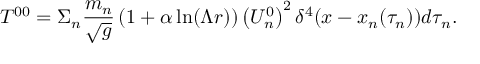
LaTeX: T ^ { 0 0 } = \Sigma _ { n } \frac { m _ { n } } { \sqrt { g } } \left( 1 + \alpha \ln ( \Lambda r ) \right) \left( U _ { n } ^ { 0 } \right) ^ { 2 } \delta ^ { 4 } ( x - x _ { n } ( \tau _ { n } ) ) d \tau _ { n } .